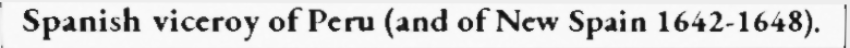
Spanish viceroy of Peru (and of New Spain 1642-1648).